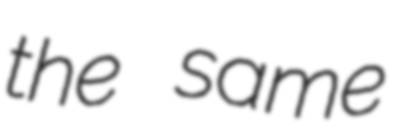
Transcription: the same